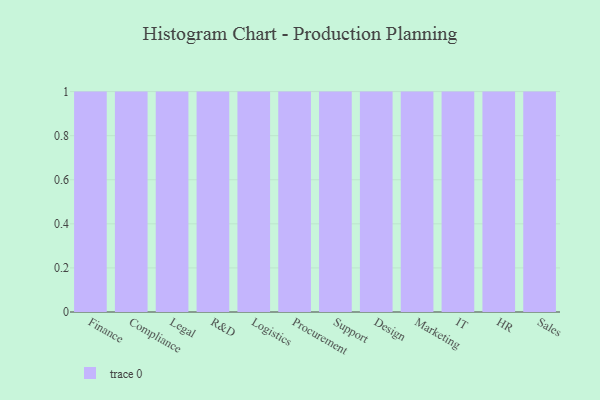
{"axis": {"x": "Department", "y": "Active Users"}, "legend": [""], "data": [{"x": "Finance", "y": 70, "type": ""}, {"x": "Compliance", "y": 70, "type": ""}, {"x": "Legal", "y": 96, "type": ""}, {"x": "R&D", "y": 47, "type": ""}, {"x": "Logistics", "y": 91, "type": ""}, {"x": "Procurement", "y": 15, "type": ""}, {"x": "Support", "y": 80, "type": ""}, {"x": "Design", "y": 86, "type": ""}, {"x": "Marketing", "y": 67, "type": ""}, {"x": "IT", "y": 62, "type": ""}, {"x": "HR", "y": 40, "type": ""}, {"x": "Sales", "y": 97, "type": ""}]}